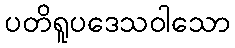
ပတိရူပဒေသဝါသော